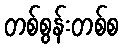
တစ်စွန်းတစ်စ